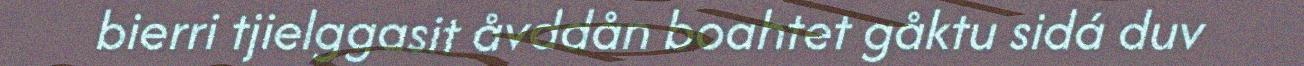
bierri tjielggasit åvddån boahtet gåktu sidá duv